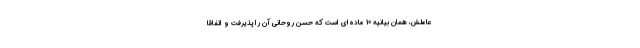
عاملش، همان بيانيه 10 ماده‌اي است كه حسن روحاني آن را پذيرفت و اتفاقا